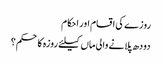
روزے کی اقسام اور احکام
دودھ پلانے والی ماں کیلئے روزہ کا حکم؟